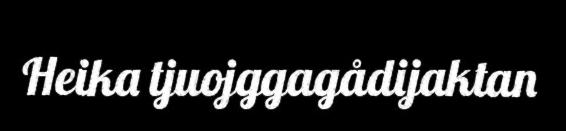
Heika tjuojggagådijaktan